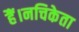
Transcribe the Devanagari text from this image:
हैं।नचिकेता